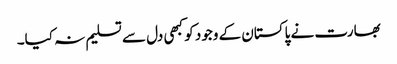
بھارت نے پاکستان کے وجود کو کبھی دل سے تسلیم نہ کیا۔